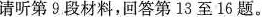
请听第9段材料,回答第 13 至 16 题。